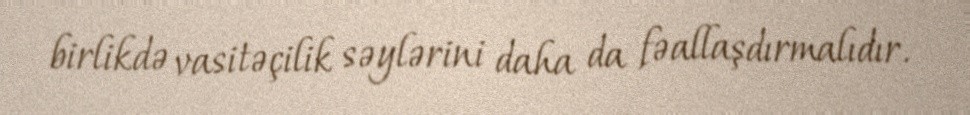
birlikdə vasitəçilik səylərini daha da fəallaşdırmalıdır.